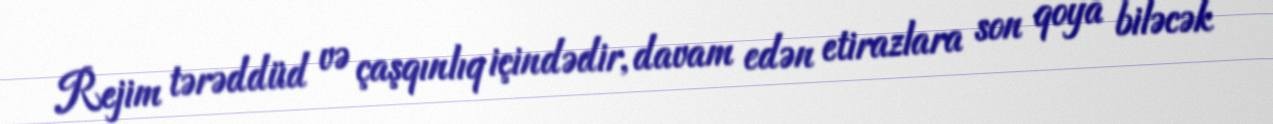
Rejim tərəddüd və çaşqınlıq içindədir, davam edən etirazlara son qoya biləcək